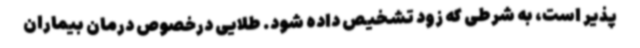
پذیر است، به شرطی که زود تشخیص داده شود. طلایی درخصوص درمان بیماران